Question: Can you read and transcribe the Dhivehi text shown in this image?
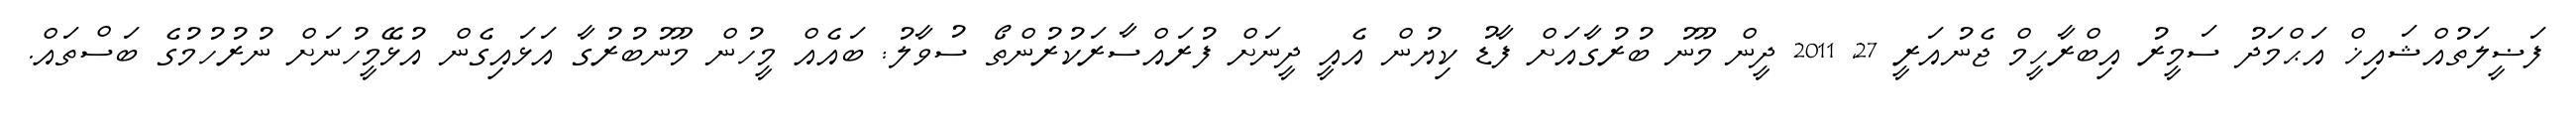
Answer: ފަޟީލަތުއްޝައިޚް އަޙްމަދު ސަމީރު އިބްރާހީމް ޖެނުއަރީ 27, 2011 ދީން މޫނު ބުރުގާއަށް ފާޑު ކިޔުން އެއީ ދީނަށް ފުރައްސާރަކުރުންތޯ ސުވާލު: ބައެއް މީހުން މޫނުބުރުގާ އަޅައިގެން އުޅޭމީހުނަށް ނުރުހުމުގެ ބަސްތައް.